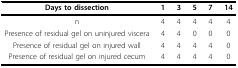
| Days to dissection | 1 | 3 | 5 | 7 | 14 |
 | --- | --- | --- | --- | --- | --- |
 | n | 4 | 4 | 4 | 4 | 4 |
 | Presence of residual gel on uninjured viscera | 4 | 4 | 0 | 0 | 0 |
 | Presence of residual gel on injured wall | 4 | 4 | 4 | 4 | 0 |
 | Presence of residual gel on injured cecum | 4 | 4 | 4 | 4 | 0 |